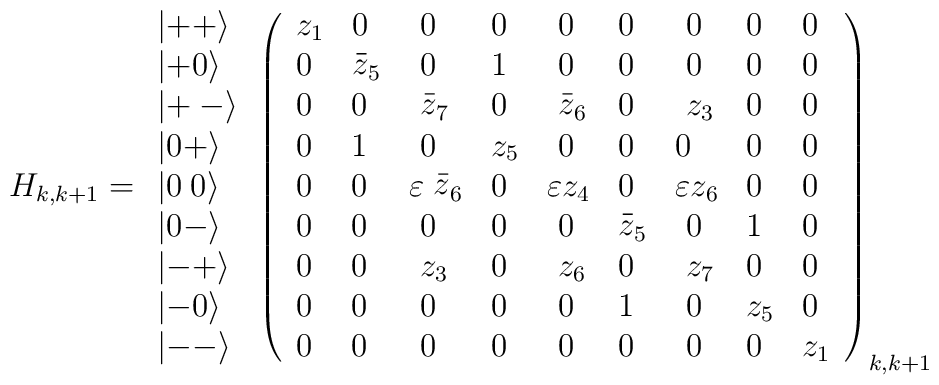
H_{k,k+1}= \begin{array}{l}\left| ++\right\rangle \\ \left| +0\right\rangle \\ \left| +{\scriptsize \ }-\right\rangle \\ \left| 0+\right\rangle \\ \left| 0{\scriptsize \ }0\right\rangle \\ \left| 0-\right\rangle \\ \left| -+\right\rangle \\ \left| -0\right\rangle \\ \left| --\right\rangle\end{array}\left( \begin{array}{lllllllll}z_{1} & 0 & \ 0 & 0 & \ 0 & 0 & \ 0 & 0 & 0 \\ 0 & \stackrel{\_}{z}_{5} & \ 0 & 1 & \ 0 & 0 & \ 0 & 0 & 0 \\ 0 & 0 & \ \stackrel{\_}{z}_{7} & 0 & \ \stackrel{\_}{z}_{6} & 0 & \ z_{3} & 0& 0 \\ 0 & 1 & \ 0 & z_{5} & \ 0 & 0 & 0 & 0 & 0 \\ 0 & 0 & \varepsilon \stackrel{\_}{z}_{6} & 0 & \varepsilon z_{4} & 0 & \varepsilon z_{6} & 0 & 0 \\ 0 & 0 & \ 0 & 0 & \ 0 & \stackrel{\_}{z}_{5} & \ 0 & 1 & 0 \\ 0 & 0 & \ z_{3} & 0 & \ z_{6} & 0 & \ z_{7} & 0 & 0 \\ 0 & 0 & \ 0 & 0 & \ 0 & 1 & \ 0 & z_{5} & 0 \\ 0 & 0 & \ 0 & 0 & \ 0 & 0 & \ 0 & 0 & z_{1}\end{array}\right) _{k,k+1}